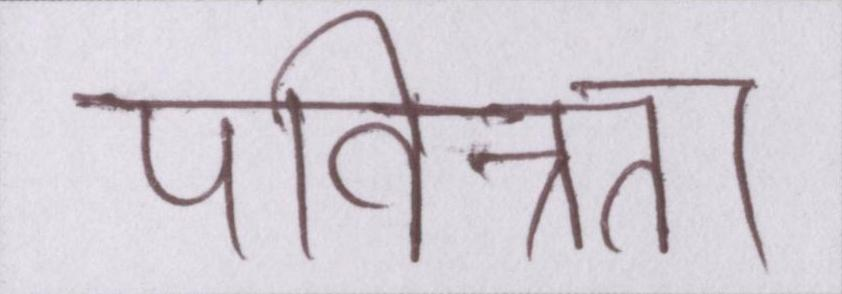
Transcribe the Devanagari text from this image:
पवित्रता